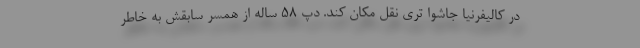
در کالیفرنیا جاشوا تری نقل مکان کند. دپ ۵۸ ساله از همسر سابقش به خاطر